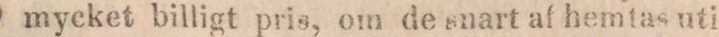
mycket billigt pris, om de snart af hemtas uti